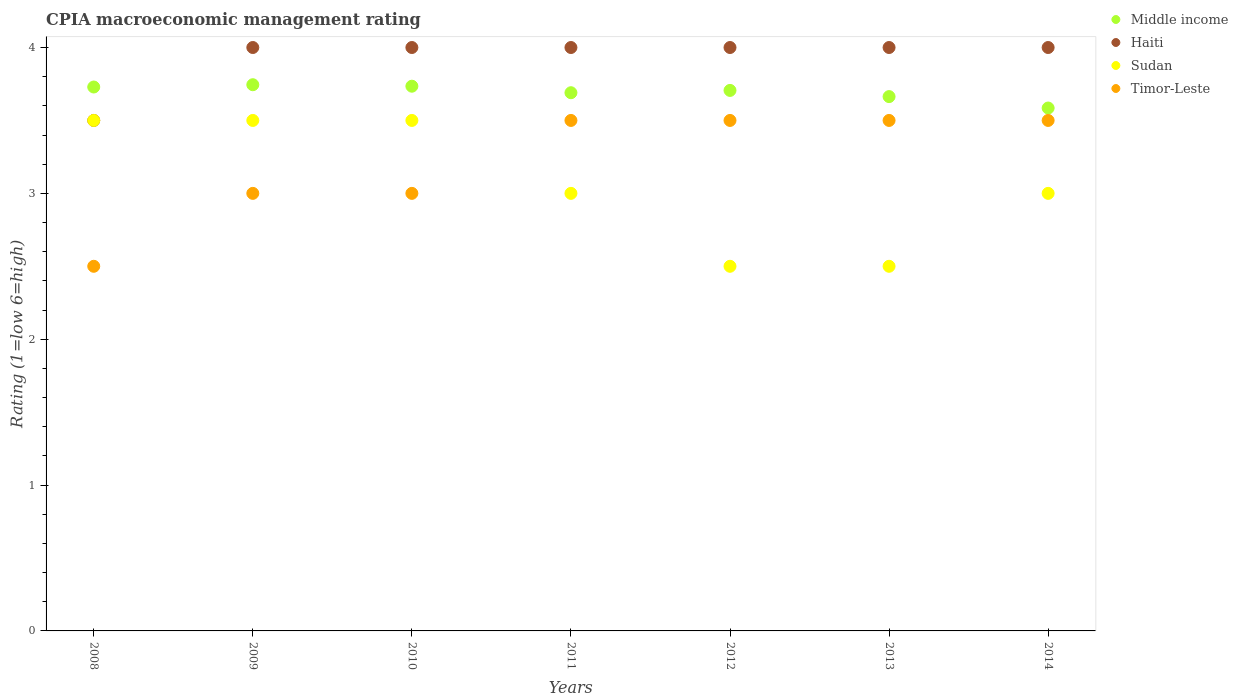
| Years | Middle income | Haiti | Sudan | Timor-Leste |
 | --- | --- | --- | --- | --- |
 | 2008 | 3.73 | 3.5 | 3.5 | 2.5 |
 | 2009 | 3.74 | 4 | 3.5 | 3 |
 | 2010 | 3.73 | 4 | 3.5 | 3 |
 | 2011 | 3.69 | 4 | 3 | 3.5 |
 | 2012 | 3.71 | 4 | 2.5 | 3.5 |
 | 2013 | 3.66 | 4 | 2.5 | 3.5 |
 | 2014 | 3.59 | 4 | 3 | 3.5 |